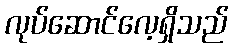
လုပ်ဆောင်လေ့ရှိသည်